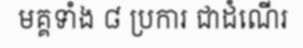
មគ្គទាំង ៨ ប្រការ ជាដំណើរ